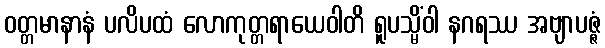
ဝတ္တမာနာနံ ပလိပထံ လောကုတ္တရာယေဝါတိ ရူပသ္မိံဝါ နဂရဿ အဗျာပဇ္ဇံ